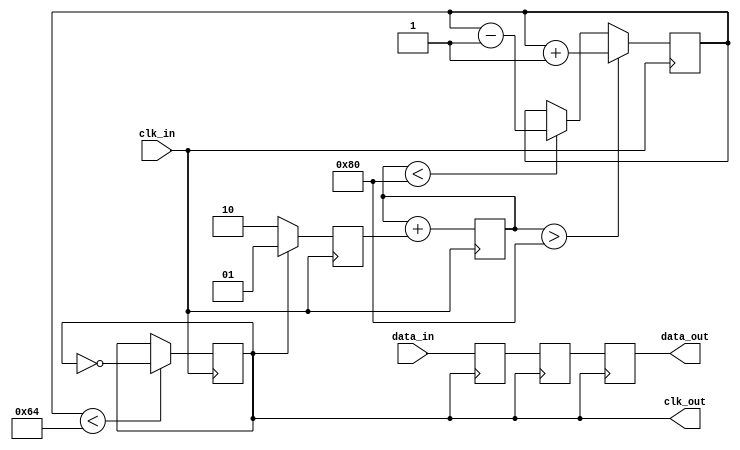
module pll_synchronizer #(
    parameter INPUT_CLOCK_FREQ = 100,  // Input clock frequency in MHz
    parameter OUTPUT_CLOCK_FREQ = 50,   // Desired output clock frequency in MHz
    parameter VCO_TUNING_RANGE = 200     // VCO tuning range in MHz
)(
    input wire clk_in,                   // Incoming clock signal
    input wire data_in,                  // Incoming data signal
    output reg clk_out,                  // Synchronized output clock
    output reg data_out                  // Synchronized output data
);

    // Phase Detector
    reg [1:0] phase_detector;            // Phase detector output
    reg error_signal;                    // Error signal from phase detector

    always @(posedge clk_in) begin
        // Simple phase comparison (this is a placeholder for actual phase detection logic)
        if (clk_out) begin
            phase_detector <= 2'b01; // Local clock is leading
        end else begin
            phase_detector <= 2'b10; // Local clock is lagging
        end
    end

    // Loop Filter (Simple RC filter model)
    reg [7:0] loop_filter;               // Loop filter output
    always @(posedge clk_in) begin
        loop_filter <= loop_filter + phase_detector; // Simple integration
    end

    // Voltage-Controlled Oscillator (VCO)
    reg [7:0] vco_output;                // VCO output
    always @(posedge clk_in) begin
        if (loop_filter > 128) begin
            vco_output <= vco_output + 1; // Increase frequency
        end else if (loop_filter < 128) begin
            vco_output <= vco_output - 1; // Decrease frequency
        end
    end

    // Output Clock Generation
    always @(posedge clk_in) begin
        clk_out <= (vco_output < VCO_TUNING_RANGE / 2) ? ~clk_out : clk_out; // Simple toggle for output clock
    end

    // Data Synchronization Circuit (Dual-flop synchronizer)
    reg data_sync_1, data_sync_2;
    always @(posedge clk_out) begin
        data_sync_1 <= data_in;           // First stage of synchronization
        data_sync_2 <= data_sync_1;       // Second stage of synchronization
    end

    // Output Buffer
    always @(posedge clk_out) begin
        data_out <= data_sync_2;          // Synchronized data output
    end

endmodule